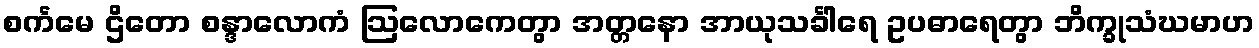
စင်္ကမေ ဌိတော စန္ဒာလောကံ ဩလောကေတွာ အတ္တနော အာယုသင်္ခါရေ ဥပဓာရေတွာ ဘိက္ခုသံဃမာဟ